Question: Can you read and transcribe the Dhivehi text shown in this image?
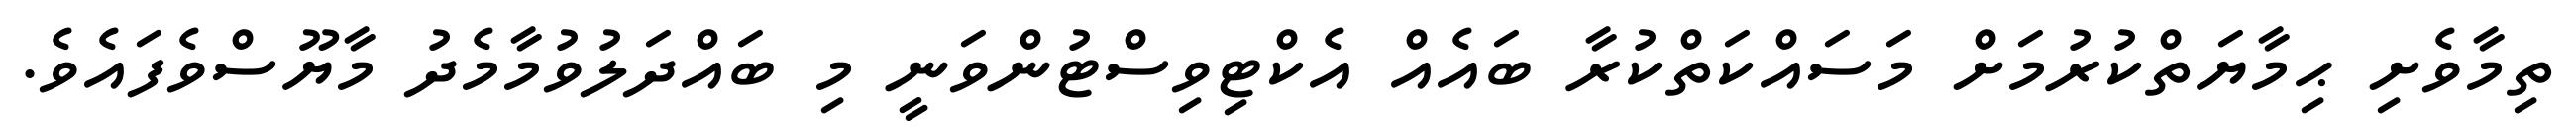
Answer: ތިމާވެށި ޙިމާޔަތްކުރުމަށް މަސައްކަތްކުރާ ބައެއް އެކްޓިވިސްޓުންވަނީ މި ބައްދަލުވުމާމެދު މާޔޫސްވެފައެވެ.